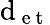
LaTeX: \mathrm{d}_{\mathrm{{~e~t~}}}